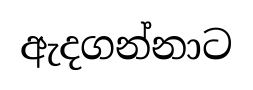
ඇදගන්නාට